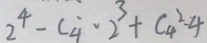
2 ^ { 4 } - C _ { \dot { 4 } } \cdot 2 ^ { 3 } + C _ { 4 } ^ { 2 } - 4